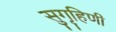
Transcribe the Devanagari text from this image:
सुगृहिणी